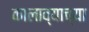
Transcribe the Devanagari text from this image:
कालाव्याच्या